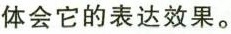
体会它的表达效果。